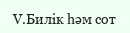
V.Билік һәм сот